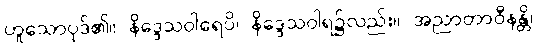
ဟူသောပုဒ်၏။ နိဒ္ဒေသဝါရေပိ၊ နိဒ္ဒေသဝါရ၌လည်း။ အညာတာဝီနန္တိ၊